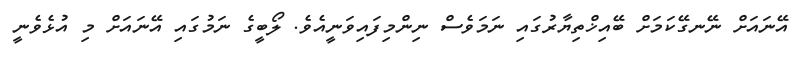
އޭނައަށް ނޭނގޭކަމަށް ބޭއިޚްތިޔާރުގައި ނަމަވެސް ނިންމިފައިވަނީއެވެ. ލޯބީގެ ނަމުގައި އޭނައަށް މި އުޅެވެނީ